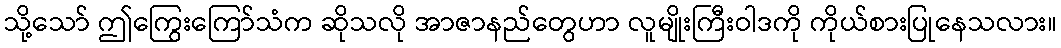
သို့သော် ဤကြွေးကြော်သံက ဆိုသလို အာဇာနည်တွေဟာ လူမျိုးကြီးဝါဒကို ကိုယ်စားပြုနေသလား။